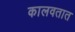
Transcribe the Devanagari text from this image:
कालवतात